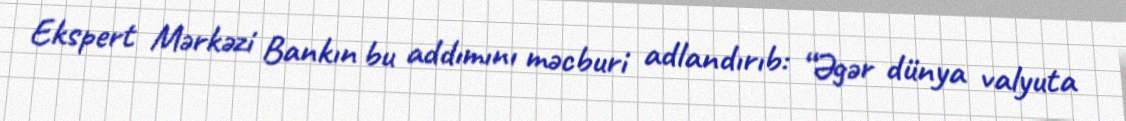
Ekspert Mərkəzi Bankın bu addımını məcburi adlandırıb: “Əgər dünya valyuta